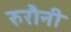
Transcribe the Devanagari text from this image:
रुरौनी